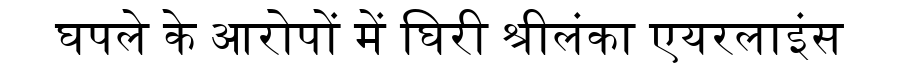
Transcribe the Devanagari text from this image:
घपले के आरोपों में घिरी श्रीलंका एयरलाइंस